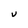
Character: U